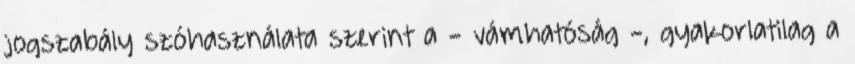
jogszabály szóhasználata szerint a - vámhatóság -, gyakorlatilag a